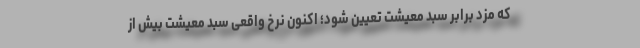
که مزد برابر سبد معیشت تعیین شود؛ اکنون نرخ واقعی سبد معیشت بیش از